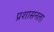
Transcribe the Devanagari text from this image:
प्रशासनला